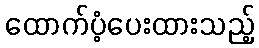
ထောက်ပံ့ပေးထားသည့်